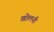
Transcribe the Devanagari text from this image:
खोलनी